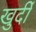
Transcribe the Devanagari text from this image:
खुर्दी